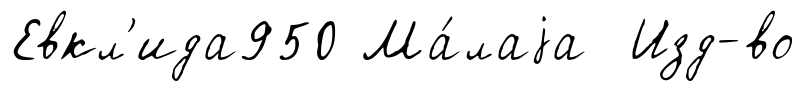
Евкл'ида950 Ма́лаjа Изд-во